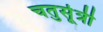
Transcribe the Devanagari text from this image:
चतुर्सूत्री